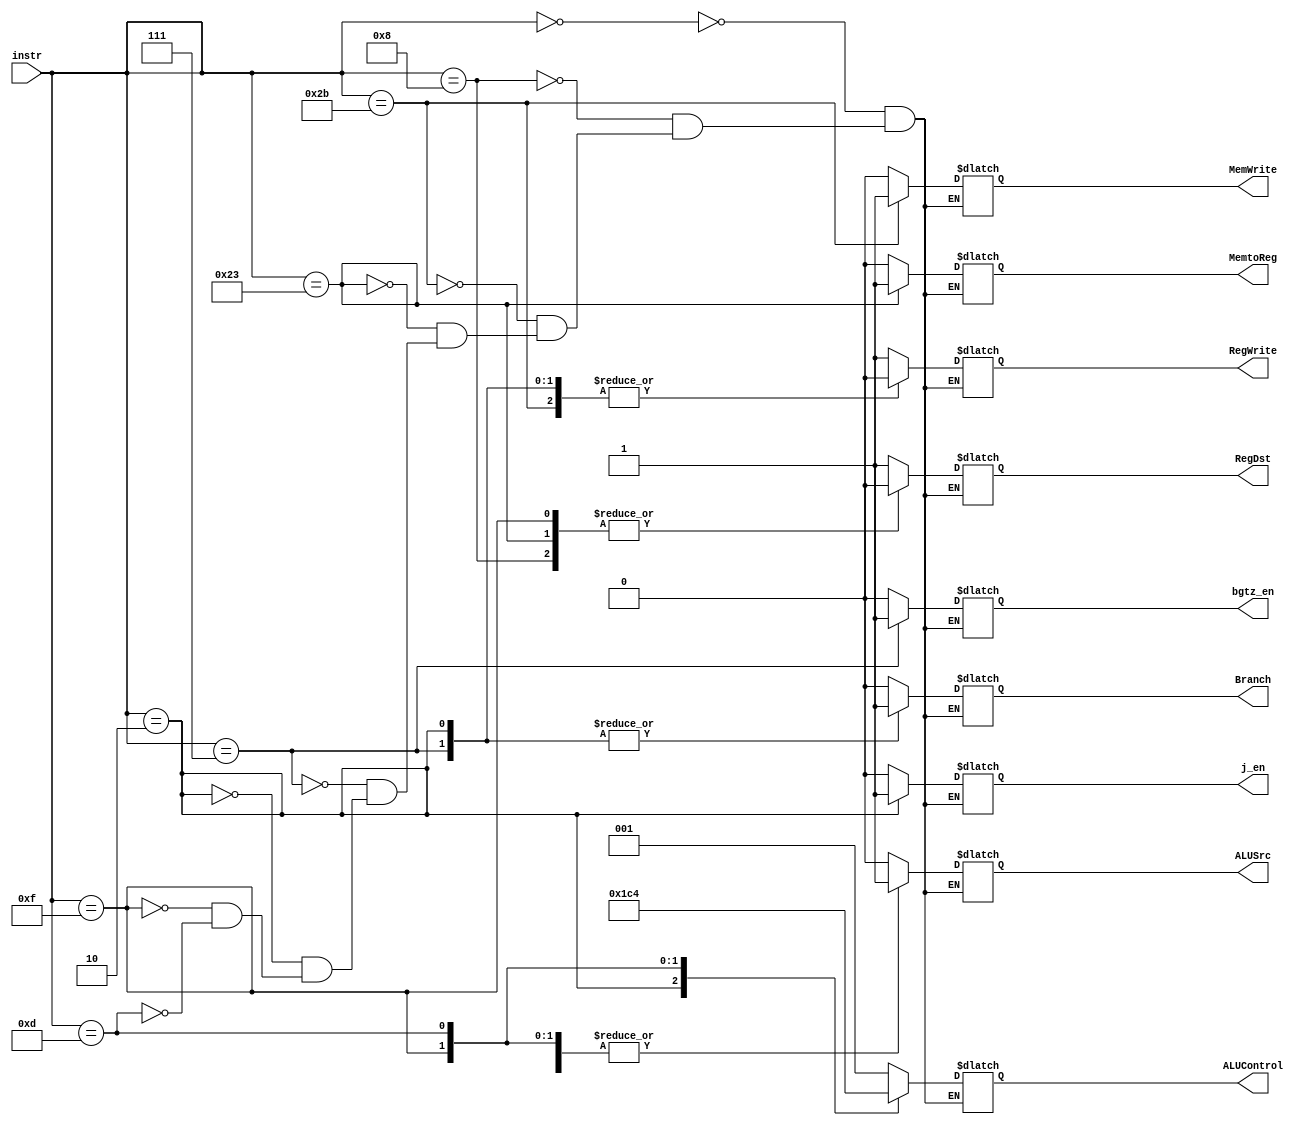
`timescale 1ns / 1ps
//////////////////////////////////////////////////////////////////////////////////
// Company: 
// Engineer: 
// 
// Design Name: 
// Module Name:    cu 
// Project Name: 
// Target Devices: 
// Tool versions: 
// Description: 
//
// Dependencies: 
//
// Revision: 
// Revision 0.01 - File Created
// Additional Comments: 
//
//////////////////////////////////////////////////////////////////////////////////
module cu(
	input [5:0] instr,
	output reg Branch,
	output reg j_en,
	output reg bgtz_en,
	output reg RegDst,
	output reg ALUSrc,
	output reg [2:0] ALUControl,
	output reg MemtoReg,
	output reg RegWrite,
	output reg MemWrite
);


parameter ADD = 6'b000000;
parameter ADDI = 6'b001000;
parameter SW = 6'b101011;
parameter LW = 6'b100011;
parameter BGTZ = 6'b000111;
parameter J = 6'b000010;
parameter LUI = 6'b001111;
parameter ORI = 6'b001101;

always@(*)
	case(instr)
		ADD:
			begin
				RegDst <= 1;
				ALUSrc <= 0;
				ALUControl <= 1; 
				Branch <= 0;
				MemWrite <= 0;
				MemtoReg <= 0;
				RegWrite <= 1;
				j_en <= 0;
				bgtz_en <= 0;
			end
		ADDI:
			begin
				RegDst <= 0;
				ALUSrc <= 1;
				ALUControl <= 1;
				Branch <= 0;
				MemWrite <= 0;
				MemtoReg <= 0;
				RegWrite <= 1;
				j_en <= 0;
				bgtz_en <= 0;
			end
		SW:
			begin
				RegDst <= 1;
				ALUSrc <= 1;
				ALUControl <= 1;
				Branch <= 0;
				RegWrite <= 0;
				MemtoReg <= 0;
				MemWrite <= 1;
				j_en <= 0;
				bgtz_en <= 0;
			end
		LW:
			begin
				RegDst <= 0;
				ALUSrc <= 1;
				ALUControl <= 1;
				Branch <= 0;
				MemWrite <= 0;
				MemtoReg <= 1;
				RegWrite <= 1;		
				j_en <= 0;
				bgtz_en <= 0;
			end
		BGTZ:
			begin
				RegDst <= 1;
				ALUSrc <= 0;
				ALUControl <= 1;
				Branch <= 1;
				RegWrite <= 0;	
				MemWrite <= 0;
				MemtoReg <= 0;
				bgtz_en <= 1;
				j_en <= 0;
			end
		J:
			begin
				RegDst <= 1;
				ALUSrc <= 0;
				ALUControl <= 7;
				Branch <= 1;
				RegWrite <= 0;
				MemWrite <= 0;
				MemtoReg <= 0;
				j_en <= 1;
				bgtz_en <= 0;
			end
		LUI:
			begin
				RegDst <= 0;
				ALUSrc <= 1;
				ALUControl <= 0;
				Branch <= 0;  
				RegWrite <= 0;
				MemWrite <= 0;
				MemtoReg <= 0;
				RegWrite <= 1;
				j_en <= 0;
				bgtz_en <= 0;
			end
		ORI:
			begin
				RegDst <= 1;
				ALUSrc <= 1;
				ALUControl <= 4;
				Branch <= 0;
				MemWrite <= 0;
				MemtoReg <= 0;
				RegWrite <= 1;
				j_en <= 0;
				bgtz_en <= 0;
			end
	endcase


endmodule